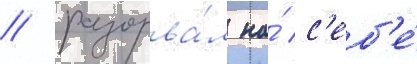
/ разорва́л на́ с'еб'е́